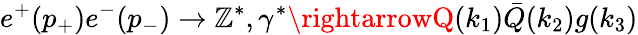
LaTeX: e^{+}(p_{+})e^{-}(p_{-})\rightarrow\mathbb{Z}^{\ast},\gamma^{\ast}\rightarrowQ(k_{1})\bar{{Q}}(k_{2})g(k_{3})